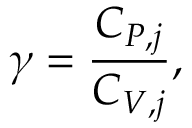
\gamma = \frac { C _ { P , j } } { C _ { V , j } } ,